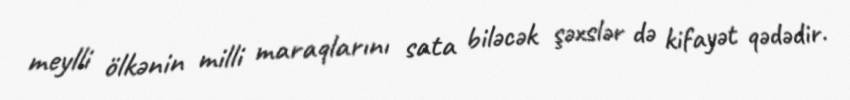
meylli ölkənin milli maraqlarını sata biləcək şəxslər də kifayət qədədir.